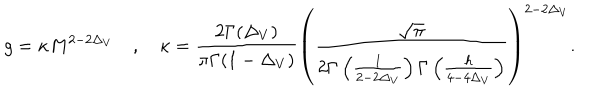
g = \kappa M ^ { 2 - 2 \Delta _ { V } } \quad , \quad \kappa = \frac { 2 \Gamma ( \Delta _ { V } ) } { \pi \Gamma ( 1 - \Delta _ { V } ) } \left( \frac { \sqrt { \pi } } { 2 \Gamma \left( \frac { 1 } { 2 - 2 \Delta _ { V } } \right) \Gamma \left( \frac { h } { 4 - 4 \Delta _ { V } } \right) } \right) ^ { 2 - 2 \Delta _ { V } } .